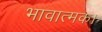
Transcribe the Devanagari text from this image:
भावात्मक।